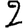
Digit: 2